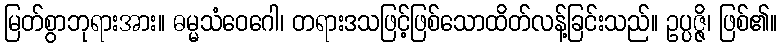
မြတ်စွာဘုရားအား။ ဓမ္မသံဝေဂေါ၊ တရားဒသဖြင့်ဖြစ်သောထိတ်လန့်ခြင်းသည်။ ဥပ္ပဇ္ဇိ၊ ဖြစ်၏။